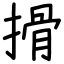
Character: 搰